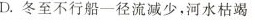
D.冬至不行船一径流减少，河水枯竭